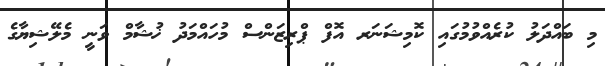
މި ބައްދަލު ކުރެއްވުމުގައި ކޮމިޝަނަރ އޮފް ޕްރިޒަންސް މުހައްމަދު ޚުޝާމް ވަނީ މެލޭޝިޔާގެ